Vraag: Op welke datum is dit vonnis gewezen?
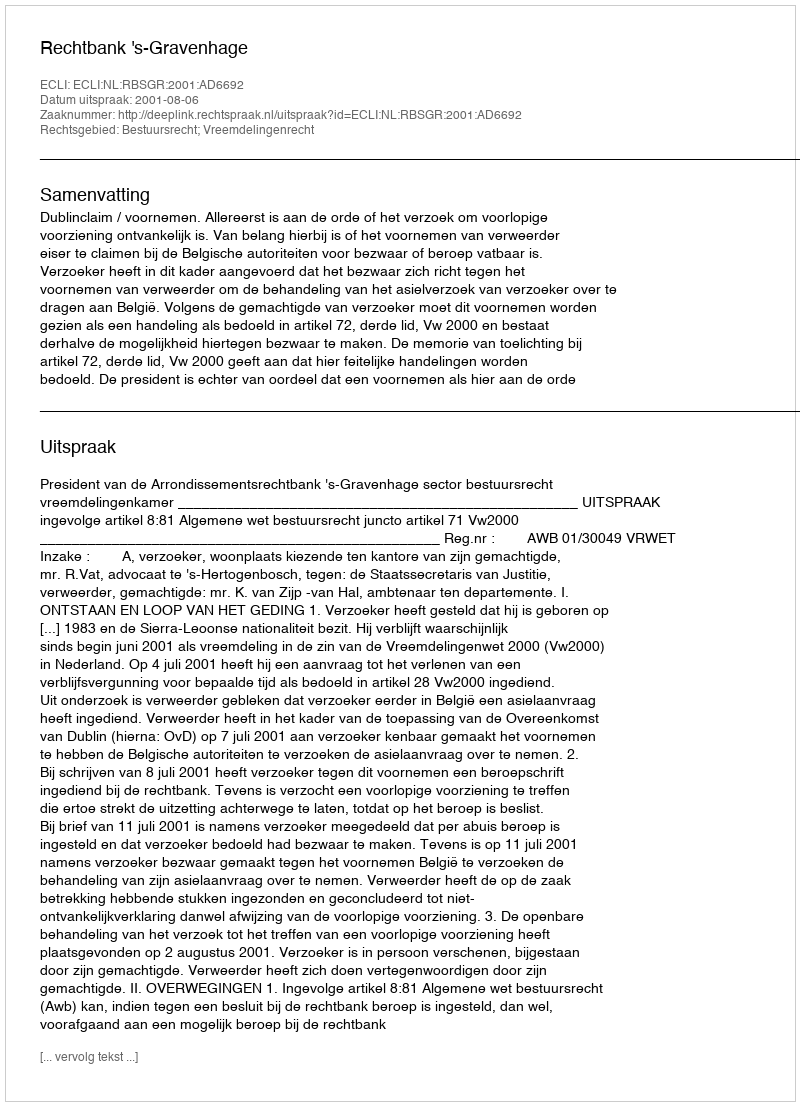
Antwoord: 2001-08-06